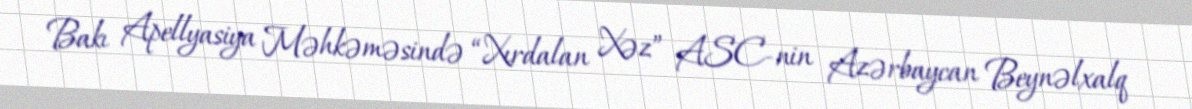
Bakı Apellyasiya Məhkəməsində “Xırdalan Xəz” ASC-nin Azərbaycan Beynəlxalq